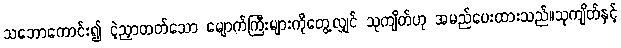
သဘောကောင်း၍ ငဲ့ညှာတတ်သော မျောက်ကြီးများကိုတွေ့လျှင် သုကျိတ်ဟု အမည်ပေးထားသည်။သုကျိတ်နှင့်